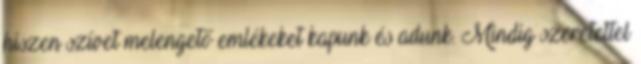
hiszen szívet melengető emlékeket kapunk és adunk. Mindig szeretettel